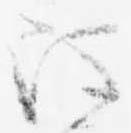
被